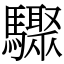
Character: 驟